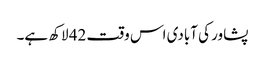
پشاور کی آبادی اس وقت 42 لاکھ ہے۔